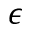
\epsilon